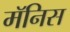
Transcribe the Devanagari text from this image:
मॅनिस